Leaving Certificate Examination (including Day School Certificate (Higher) General paper), 1935
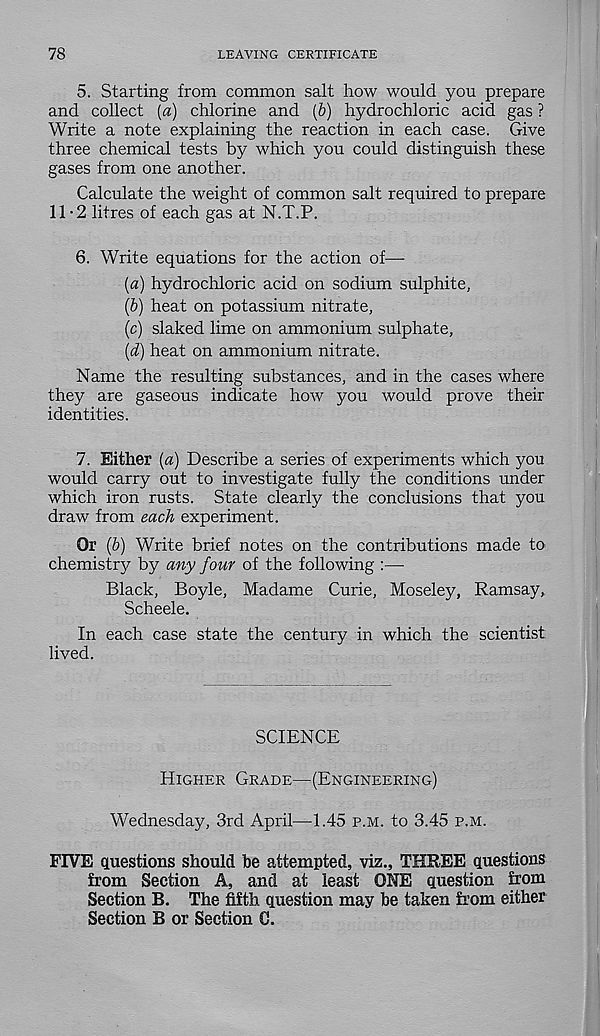
78
LEAVING CERTIFICATE
5. Starting from common salt how would you prepare
and collect [a) chlorine and (&) hydrochloric acid gas ?
Write a note explaining the reaction in each case. Give
three chemical tests by which you could distinguish these
gases from one another.
Calculate the weight of common salt required to prepare
11-2 litres of each gas at N.T.P.
6. Write equations for the action of—-
(a) hydrochloric acid on sodium sulphite,
(b) heat on potassium nitrate,
(c) slaked lime on ammonium sulphate,
{d) heat on ammonium nitrate.
Name the resulting substances, and in the cases where
they are gaseous indicate how you would prove their
identities.
7. Either [a) Describe a series of experiments which you
would carry out to investigate fully the conditions under
which iron rusts. State clearly the conclusions that you
draw from each experiment.
Or (6) Write brief notes on the contributions made to
chemistry by any four of the following :—
Black, Boyle, Madame Curie, Moseley, Ramsay,
Scheele.
In each case state the century in which the scientist:
lived.
SCIENCE
Higher Grade—(Engineering)
Wednesday, 3rd April—1.45 p.m. to 3.45 p.m.
FIVE questions should be attempted, viz., THREE questions
from Section A, and at least ONE question from
Section B. The fifth question may be taken from either
Section B or Section G.